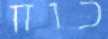
כוח